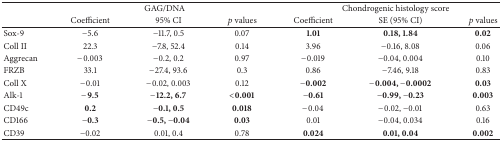
<table><thead><tr><td><b> </b></td><td colspan="3"><b>GAG/DNA</b></td><td colspan="3"><b>Chondrogenic histology score</b></td></tr><tr><td><b> </b></td><td><b>Coefficient</b></td><td><b>95% CI</b></td><td><b><i>p</i> values</b></td><td><b>Coefficient</b></td><td><b>SE (95% CI)</b></td><td><b><i>p</i> values</b></td></tr></thead><tbody><tr><td>Sox-9</td><td>−5.6</td><td>−11.7, 0.5</td><td>0.07</td><td><b>1.01</b></td><td><b>0.18, 1.84</b></td><td><b>0.02</b></td></tr><tr><td>Coll II</td><td>22.3</td><td>−7.8, 52.4</td><td>0.14</td><td>3.96</td><td>−0.16, 8.08</td><td>0.06</td></tr><tr><td>Aggrecan</td><td>−0.003</td><td>−0.2, 0.2</td><td>0.97</td><td>−0.019</td><td>−0.04, 0.004</td><td>0.10</td></tr><tr><td>FRZB</td><td>33.1</td><td>−27.4, 93.6</td><td>0.3</td><td>0.86</td><td>−7.46, 9.18</td><td>0.83</td></tr><tr><td>Coll X</td><td>−0.01</td><td>−0.02, 0.003</td><td>0.12</td><td><b>−0.002</b></td><td><b>−0.004, −0.0002</b></td><td><b>0.03</b></td></tr><tr><td>Alk-1</td><td><b>−9.5</b></td><td><b>−12.2, 6.7</b></td><td><b>&lt;0.001</b></td><td><b>−0.61</b></td><td><b>−0.99, −0.23</b></td><td><b>0.003</b></td></tr><tr><td>CD49c</td><td><b>0.2</b></td><td><b>−0.1, 0.5</b></td><td><b>0.018</b></td><td>−0.04</td><td>−0.02, −0.01</td><td>0.63</td></tr><tr><td>CD166</td><td><b>−0.3</b></td><td><b>−0.5, −0.04</b></td><td><b>0.03</b></td><td>0.01</td><td>−0.04, 0.034</td><td>0.16</td></tr><tr><td>CD39</td><td>−0.02</td><td>0.01, 0.4</td><td>0.78</td><td><b>0.024</b></td><td><b>0.01, 0.04</b></td><td><b>0.002</b></td></tr></tbody></table>